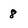
Character: 8